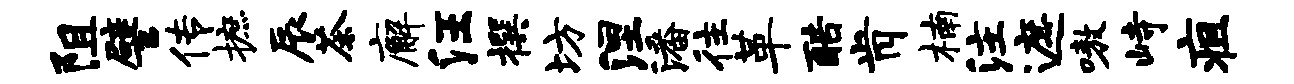
阻譬传摭辰茶廨汪撰坊涅潘往革酷肯楠注遮嗷峙疽